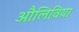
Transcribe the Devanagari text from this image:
औलिविया